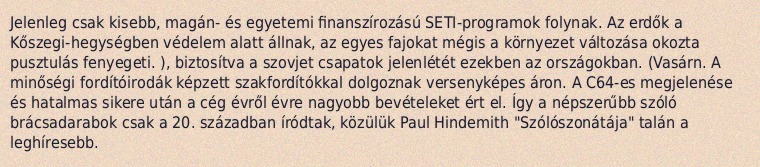
Jelenleg csak kisebb, magán- és egyetemi finanszírozású SETI-programok folynak. Az erdők a Kőszegi-hegységben védelem alatt állnak, az egyes fajokat mégis a környezet változása okozta pusztulás fenyegeti. ), biztosítva a szovjet csapatok jelenlétét ezekben az országokban. (Vasárn. A minőségi fordítóirodák képzett szakfordítókkal dolgoznak versenyképes áron. A C64-es megjelenése és hatalmas sikere után a cég évről évre nagyobb bevételeket ért el. Így a népszerűbb szóló brácsadarabok csak a 20. században íródtak, közülük Paul Hindemith "Szólószonátája" talán a leghíresebb.